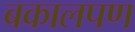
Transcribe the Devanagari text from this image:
बकालपण